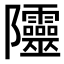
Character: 𨽲